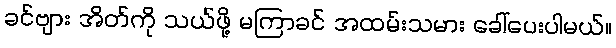
ခင်ဗျား အိတ်ကို သယ်ဖို့ မကြာခင် အထမ်းသမား ခေါ်ပေးပါမယ်။